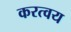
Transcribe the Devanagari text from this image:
करत्वय